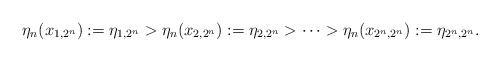
LaTeX: \begin{align*}\eta_n(x_{1,2^n}):=\eta_{1,2^n}>\eta_n(x_{2,2^n}):=\eta_{2,2^n}>\cdots >\eta_n(x_{2^n,2^n}):=\eta_{2^n,2^n}.\end{align*}